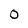
Character: 0